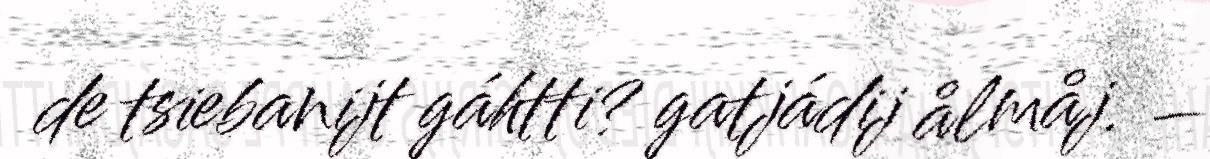
de tsiebanijt gáhtti? gatjádij ålmåj. –